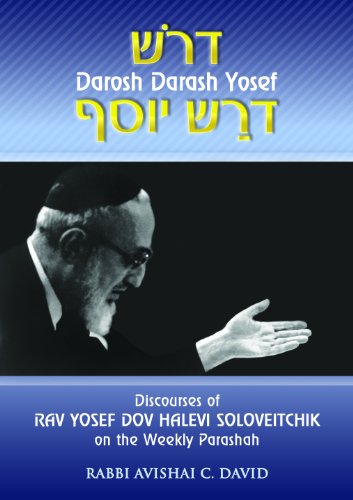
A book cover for Discourses of Rav Yosef Dov Halevi Soloveitchik on the Weekly Parsha: Darosh Darash Yosef; Rabbi Avishai C. David; Religion & Spirituality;